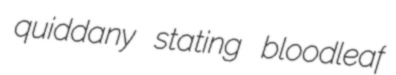
quiddany stating bloodleaf